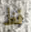
فظ